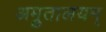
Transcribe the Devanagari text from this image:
अम्रुतालयम्